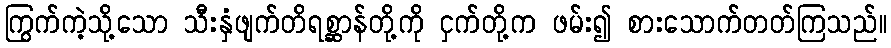
ကြွက်ကဲ့သို့သော သီးနှံဖျက်တိရစ္ဆာန်တို့ကို ငှက်တို့က ဖမ်း၍ စားသောက်တတ်ကြသည်။